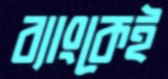
ব্যাংকেই